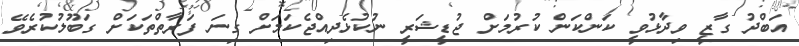
އަބްދު ގާޒީ ވިދާޅުވީ ކަންކަން ކުރުމަށް ޖުޑީޝަރީ ނުކުޅެދިއްޖެކަމަށް ގިނަ ފަރާތްތަކަށް ގަބޫލުކުރެވޭ